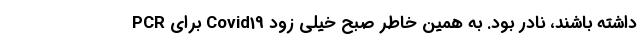
PCR برای Covid19 داشته باشند، نادر بود. به همین خاطر صبح خیلی زود